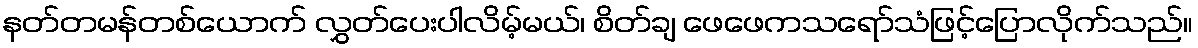
နတ်တမန်တစ်ယောက် လွှတ်ပေးပါလိမ့်မယ်၊ စိတ်ချ ဖေဖေကသရော်သံဖြင့်ပြောလိုက်သည်။